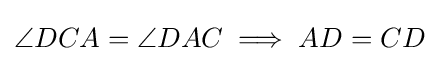
\angle DCA=\angle DAC\implies AD=CD